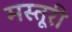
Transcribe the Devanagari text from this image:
मस्तूरी